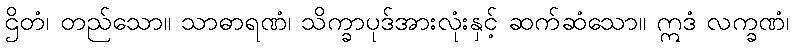
ဌိတံ၊ တည်သော။ သာဓာရဏံ၊ သိက္ခာပုဒ်အားလုံးနှင့် ဆက်ဆံသော။ ဣဒံ လက္ခဏံ၊